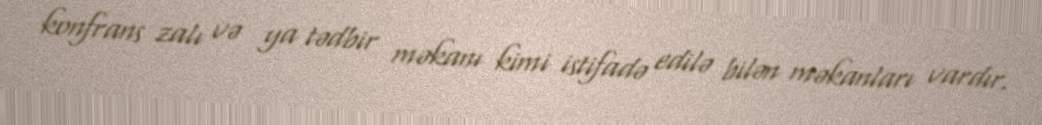
konfrans zalı və ya tədbir məkanı kimi istifadə edilə bilən məkanları vardır.